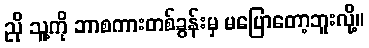
ညို သူ့ကို ဘာစကားတစ်ခွန်းမှ မပြောတော့ဘူးလို့။